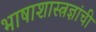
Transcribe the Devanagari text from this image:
भाषाशास्त्रज्ञांची